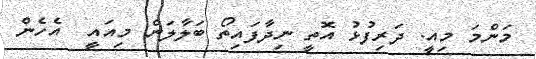
މަންމަ މިއީ. ދަރިފުޅު އޮތީ ނިދާފައިތޯ ބަލާލަން މިއައީ  އެހެން